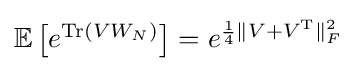
{\textstyle \mathbb {E} \left[e^{\operatorname {Tr} (VW_{N})}\right]=e^{{\frac {1}{4}}\|V+V^{\text{T}}\|_{F}^{2}}}